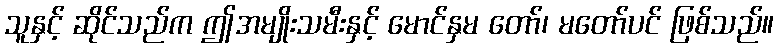
သူနှင့် ဆိုင်သည်က ဤအမျိုးသမီးနှင့် မောင်နှမ တော်၊ မတော်ပင် ဖြစ်သည်။